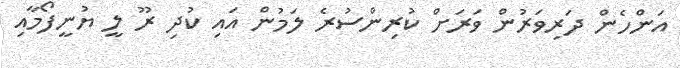
އަންހެން ދަރިވަރުން ވަރަށް ކުރިންސުރެ ލަމުން އައި ކުދި ރޫ ލީ ޔުނީފޯމާއި